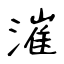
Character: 漼